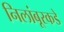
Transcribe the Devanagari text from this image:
निलांबूरकडे